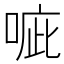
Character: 㖢